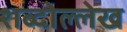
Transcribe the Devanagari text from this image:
शब्दोल्लेख